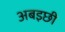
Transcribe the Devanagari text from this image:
अबइछी